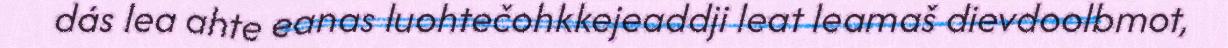
dás lea ahte eanas luohtečohkkejeaddji leat leamaš dievdoolbmot,